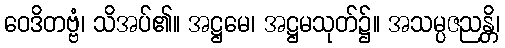
ဝေဒိတဗ္ဗံ၊ သိအပ်၏။ အဋ္ဌမေ၊ အဋ္ဌမသုတ်၌။ အသမ္ပဇညန္တိ၊